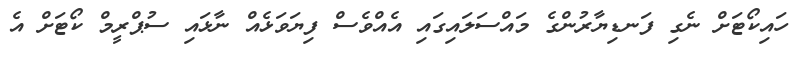
ހައިކޯޓަށް ނެގި ފަނޑިޔާރުންގެ މައްސަލައިގައި އެއްވެސް ފިޔަވަޅެއް ނާޅައި ސުޕްރީމް ކޯޓަށް އެ